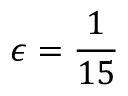
\epsilon = \frac { 1 } { 1 5 }